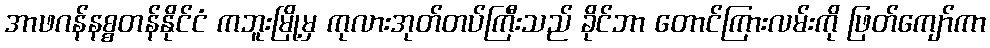
အာဖဂန်နစ္စတန်နိုင်ငံ ကဘူးမြို့မှ ကုလားအုတ်တပ်ကြီးသည် ခိုင်ဘာ တောင်ကြားလမ်းကို ဖြတ်ကျော်ကာ